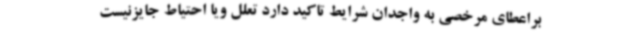
براعطای مرخصی به واجدان شرایط تاکید دارد تعلل ویا احتیاط جایزنیست